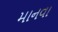
માનવા